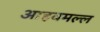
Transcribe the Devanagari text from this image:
आहवमल्ल